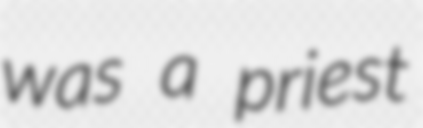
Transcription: was a priest